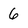
Character: 6